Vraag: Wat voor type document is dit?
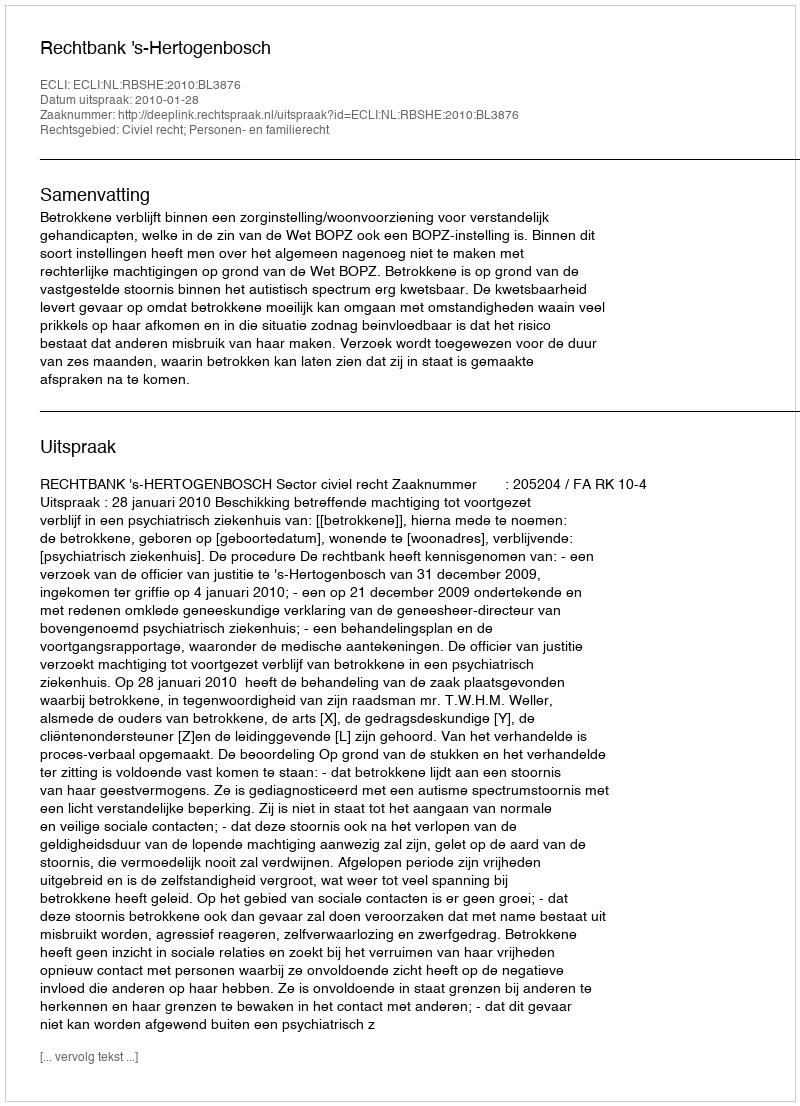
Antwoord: Uitspraak